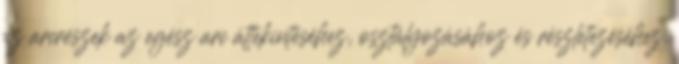
az arcrészek az egész arc áttekintéséhez, osztályozásához és részletezéséhez.